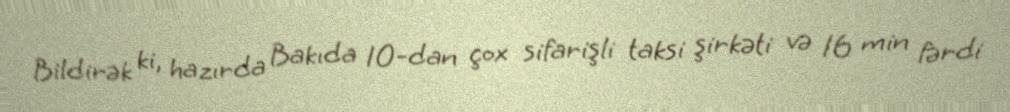
Bildirək ki, hazırda Bakıda 10-dan çox sifarişli taksi şirkəti və 16 min fərdi